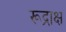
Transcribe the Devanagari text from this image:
रूद्राक्ष